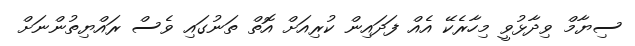
ސިޔާމް ވިދާޅުވީ މިހާރެކޭ އެއް ފަދައިން ކުރިއަށް އޮތް ތަނުގައި ވެސް ރައްޔިތުންނަށް